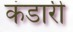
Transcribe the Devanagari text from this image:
कंडारी